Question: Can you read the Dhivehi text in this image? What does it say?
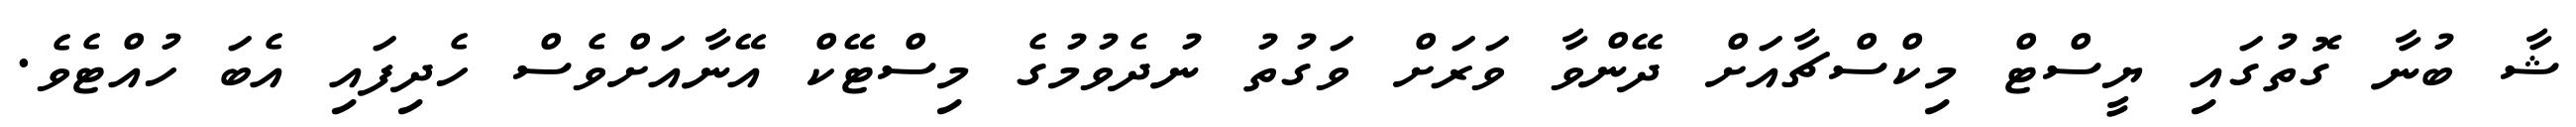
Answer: ޝާ ބުނާ ގޮތުގައި ޔީސްޓް މިކްސްޗާއަށް ދޭންވާ ވަރަށް ވަގުތު ނުދެވުމުގެ މިސްޓޭކް އޭނާއަށްވެސް ހެދިފައި އެބަ ހުއްޓެވެ.